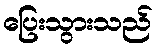
ပြေးသွားသည်